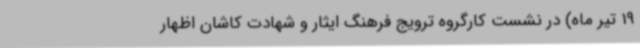
19 تیر ماه) در نشست کارگروه ترویج فرهنگ ایثار و شهادت کاشان اظهار